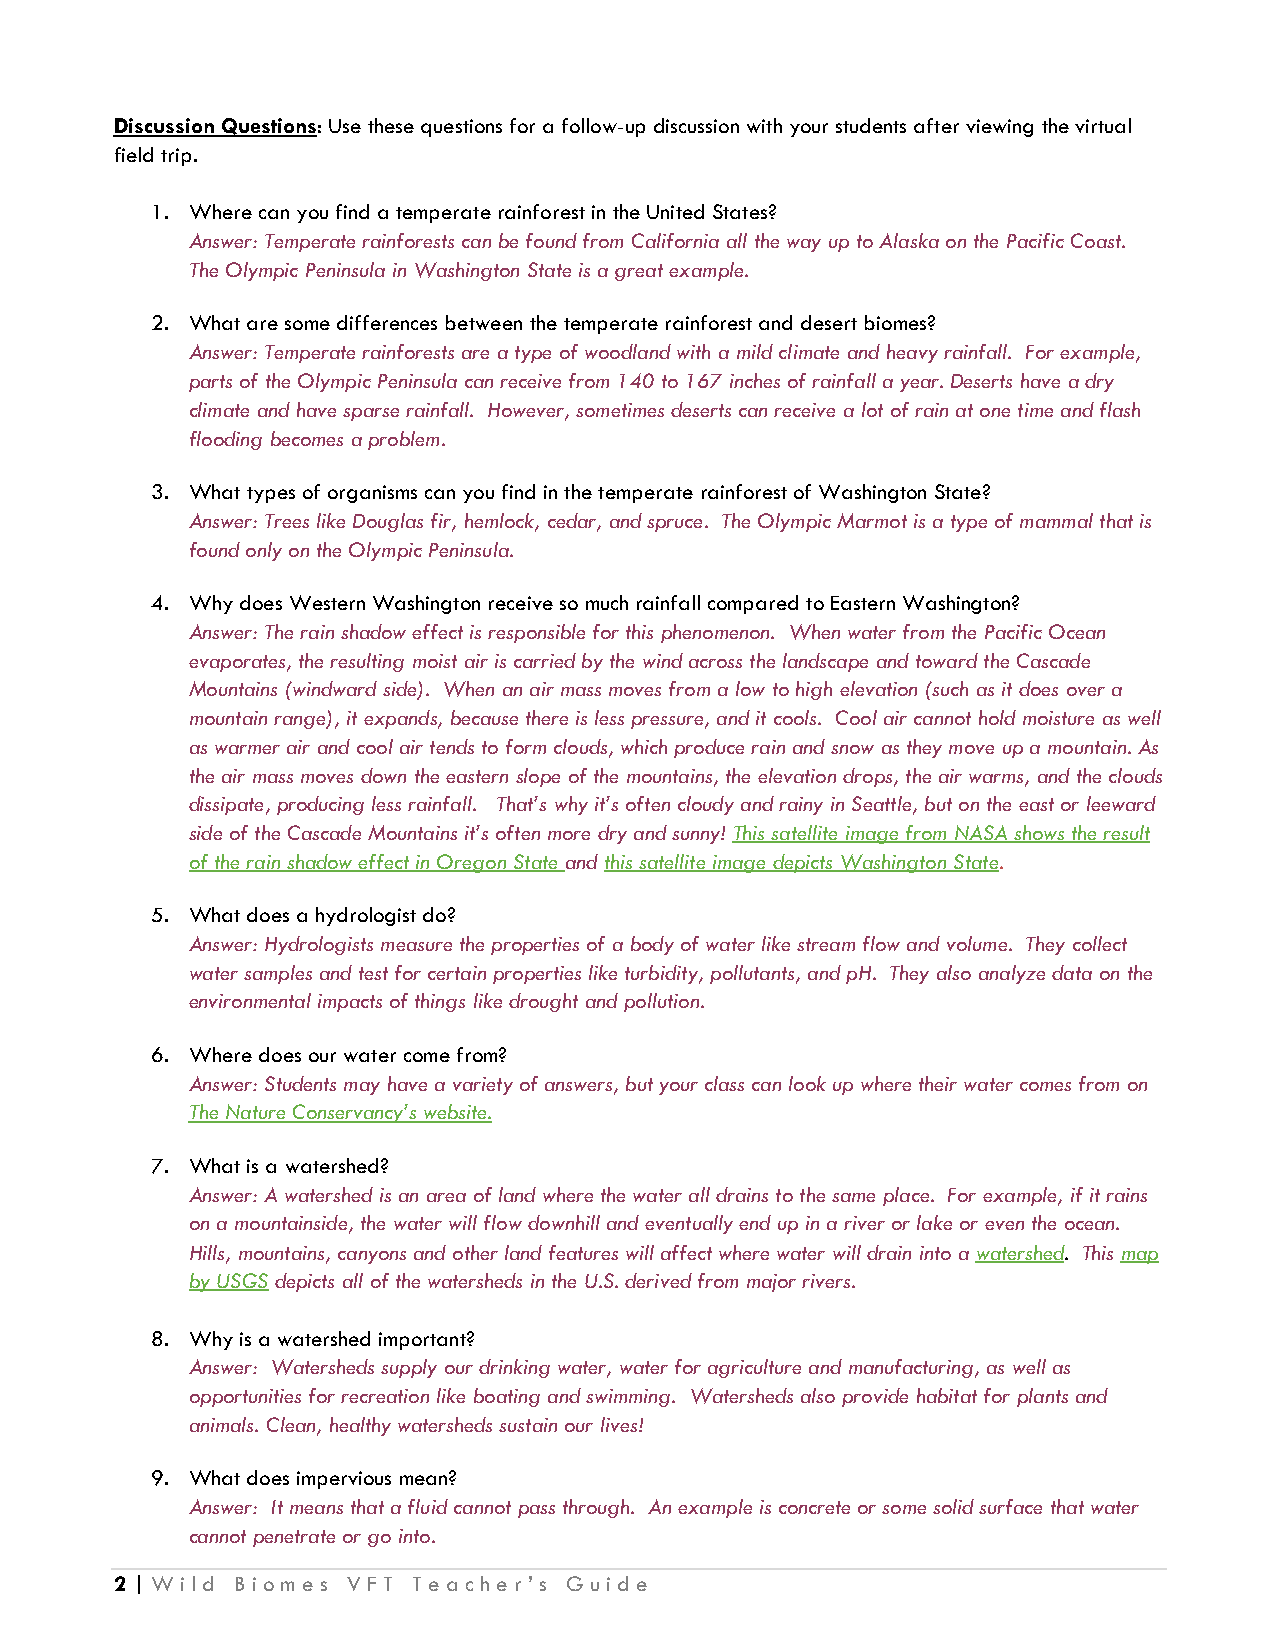
Discussion Questions: Use these questions for a follow-up discussion with your students after viewing the virtual
 field trip.
 1. Where can you find a temperate rainforest in the United States?
 Answer: Temperate rainforests can be found from California all the way up to Alaska on the Pacific Coast.
 The Olympic Peninsula in Washington State is a great example.
 2. What are some differences between the temperate rainforest and desert biomes?
 Answer: Temperate rainforests are a type of woodland with a mild climate and heavy rainfall. For example,
 parts of the Olympic Peninsula can receive from 140 to 167 inches of rainfall a year. Deserts have a dry
 climate and have sparse rainfall. However, sometimes deserts can receive a lot of rain at one time and flash
 flooding becomes a problem.
 3. What types of organisms can you find in the temperate rainforest of Washington State?
 Answer: Trees like Douglas fir, hemlock, cedar, and spruce. The Olympic Marmot is a type of mammal that is
 found only on the Olympic Peninsula.
 4. Why does Western Washington receive so much rainfall compared to Eastern Washington?
 Answer: The rain shadow effect is responsible for this phenomenon. When water from the Pacific Ocean
 evaporates, the resulting moist air is carried by the wind across the landscape and toward the Cascade
 Mountains (windward side). When an air mass moves from a low to high elevation (such as it does over a
 mountain range), it expands, because there is less pressure, and it cools. Cool air cannot hold moisture as well
 as warmer air and cool air tends to form clouds, which produce rain and snow as they move up a mountain. As
 the air mass moves down the eastern slope of the mountains, the elevation drops, the air warms, and the clouds
 dissipate, producing less rainfall. That’s why it’s often cloudy and rainy in Seattle, but on the east or leeward
 side of the Cascade Mountains it’s often more dry and sunny! This satellite image from NASA shows the result
 of the rain shadow effect in Oregon State and this satellite image depicts Washington State.
 5. What does a hydrologist do?
 Answer: Hydrologists measure the properties of a body of water like stream flow and volume. They collect
 water samples and test for certain properties like turbidity, pollutants, and pH. They also analyze data on the
 environmental impacts of things like drought and pollution.
 6. Where does our water come from?
 Answer: Students may have a variety of answers, but your class can look up where their water comes from on
 The Nature Conservancy’s website.
 7. What is a watershed?
 Answer: A watershed is an area of land where the water all drains to the same place. For example, if it rains
 on a mountainside, the water will flow downhill and eventually end up in a river or lake or even the ocean.
 Hills, mountains, canyons and other land features will affect where water will drain into a watershed. This map
 by USGS depicts all of the watersheds in the U.S. derived from major rivers.
 8. Why is a watershed important?
 Answer: Watersheds supply our drinking water, water for agriculture and manufacturing, as well as
 opportunities for recreation like boating and swimming. Watersheds also provide habitat for plants and
 animals. Clean, healthy watersheds sustain our lives!
 9. What does impervious mean?
 Answer: It means that a fluid cannot pass through. An example is concrete or some solid surface that water
 cannot penetrate or go into.
 2 | Wild Biomes VFT Teacher’s Guide